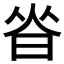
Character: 𰖃